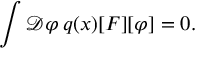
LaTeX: \int { \mathcal { D } } \varphi \, q ( x ) [ F ] [ \varphi ] = 0 .